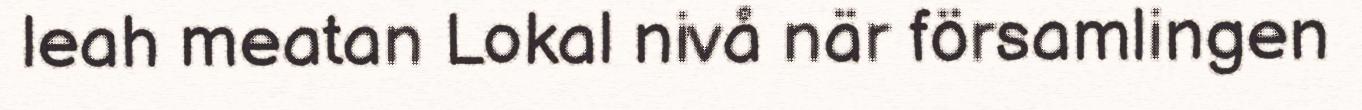
leah meatan Lokal nivå när församlingen